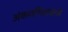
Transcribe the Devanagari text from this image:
अंकगणितावरचे